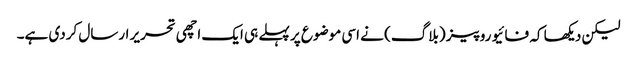
لیکن دیکھا کہ فائیو روپیز (بلاگ) نے اسی موضوع پر پہلے ہی ایک اچھی تحریر ارسال کردی ہے۔